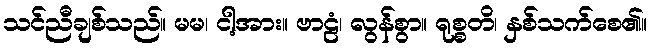
သင်ညီချစ်သည်။ မမ၊ ငါ့အား။ ဗာဠံ၊ လွန်စွာ။ ရုစ္စတိ၊ နှစ်သက်စေ၏။